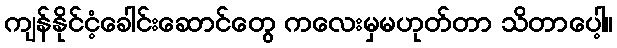
ကျန်နိုင်ငံ့ခေါင်းဆောင်တွေ ကလေးမှမဟုတ်တာ သိတာပေါ့။